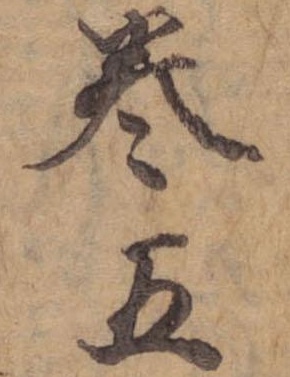
巻五